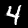
Label: 4